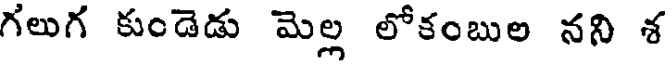
గలుగ కుండెడు మెల్ల లోకంబుల నని శ